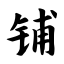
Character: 铺